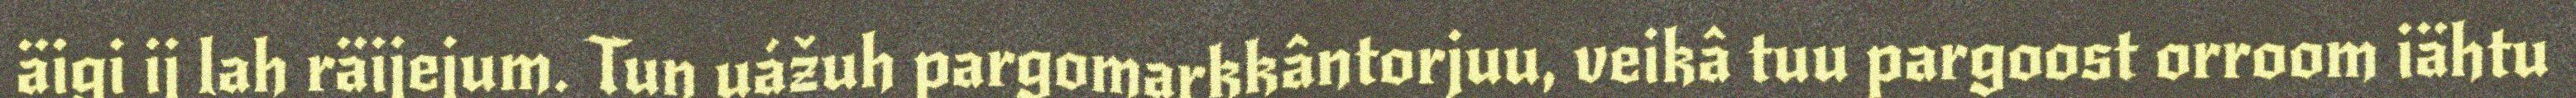
äigi ij lah räijejum. Tun uážuh pargomarkkântorjuu, veikâ tuu pargoost orroom iähtu